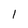
Character: l